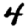
Digit: 4